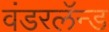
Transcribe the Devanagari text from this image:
वंडरलॅन्ड